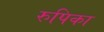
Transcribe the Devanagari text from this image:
रुपिका